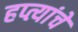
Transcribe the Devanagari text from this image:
हप्त्यांचे